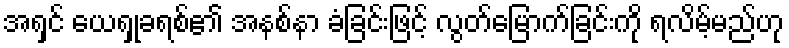
အရှင် ယေရှုခရစ်၏ အနစ်နာ ခံခြင်းဖြင့် လွတ်မြောက်ခြင်းကို ရလိမ့်မည်ဟု